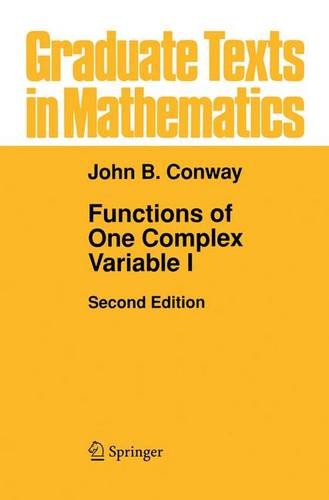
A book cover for Functions of One Complex Variable (Graduate Texts in Mathematics - Vol 11) (v. 1); John B Conway; Science & Math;